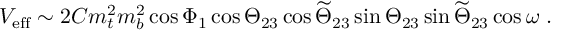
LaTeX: { \cal V } _ { \mathrm { e f f } } \sim 2 C m _ { t } ^ { 2 } m _ { b } ^ { 2 } \cos \Phi _ { 1 } \cos \Theta _ { 2 3 } \cos \widetilde \Theta _ { 2 3 } \sin \Theta _ { 2 3 } \sin \widetilde \Theta _ { 2 3 } \cos \omega \ .